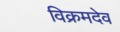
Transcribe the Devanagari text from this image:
विक्रमदेव